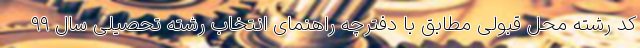
کد رشته محل قبولی مطابق با دفترچه راهنمای انتخاب رشته تحصیلی سال ۹۹